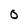
Character: O